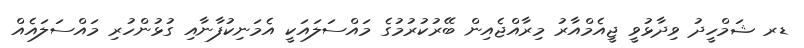
ޑރ ޝަމްހީދު ވިދާޅުވީ ޖީއެމްއާރު މިރާއްޖެއިން ބޭރުކުރުމުގެ މައްސަލައަކީ އެމަނިކުފާނާއި ގުޅުންހުރި މައްސަލައެއް